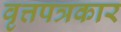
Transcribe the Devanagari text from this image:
वृत्तपत्रकार